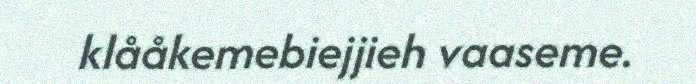
klååkemebiejjieh vaaseme.